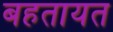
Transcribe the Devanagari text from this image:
बहतायत